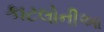
કાટલોનીઆ